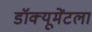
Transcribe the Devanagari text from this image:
डॉक्यूमेंटला